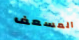
المسعف